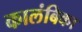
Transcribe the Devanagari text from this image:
कालंबिका